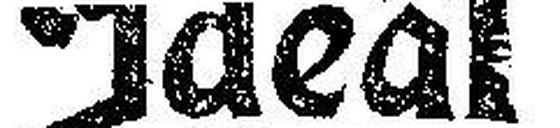
Ideal